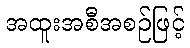
အထူးအစီအစဉ်ဖြင့်